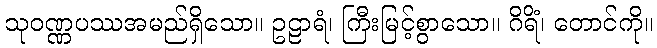
သုဝဏ္ဏပဿအမည်ရှိသော။ ဥဠာရံ၊ ကြီးမြင့်စွာသော။ ဂိရိံ၊ တောင်ကို။